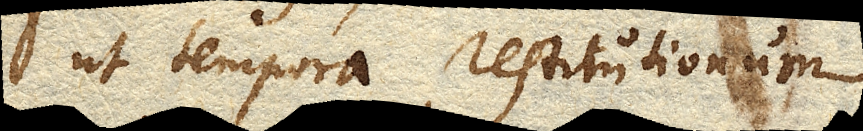
ut tempora restitutionum.